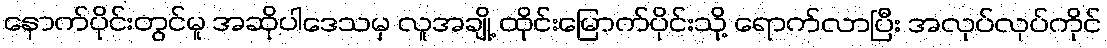
နောက်ပိုင်းတွင်မူ အဆိုပါဒေသမှ လူအချို့ ထိုင်းမြောက်ပိုင်းသို့ ရောက်လာပြီး အလုပ်လုပ်ကိုင်